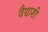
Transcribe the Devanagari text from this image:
वैद्याशी